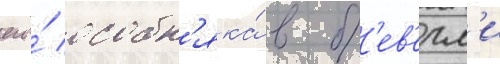
его́ особн'яка́ в б'ев'ерл'и